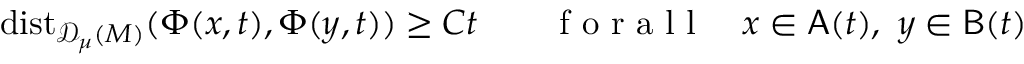
\mathrm { d i s t } _ { { \mathscr { D } _ { \mu } ( M ) } } ( \Phi ( x , t ) , \Phi ( y , t ) ) \geq C t \qquad \mathrm { ~ f ~ o ~ r ~ a ~ l ~ l ~ } \quad x \in \mathsf { A } ( t ) , \ y \in \mathsf { B } ( t )